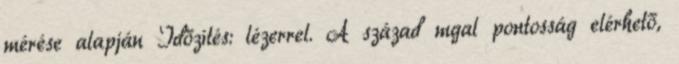
mérése alapján Időzítés: lézerrel. A század mgal pontosság elérhető,